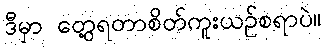
ဒီမှာ တွေ့ရတာစိတ်ကူးယဉ်စရာပဲ။